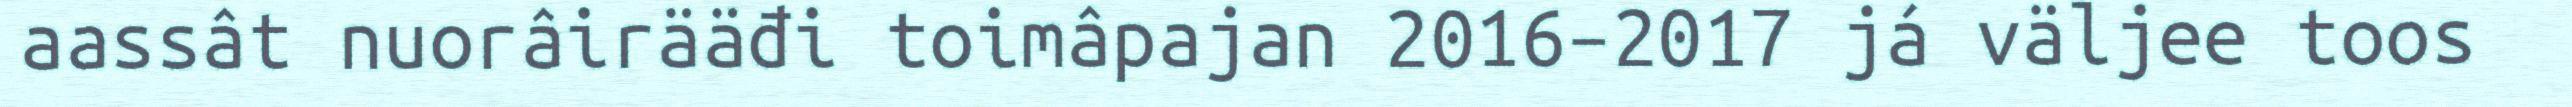
aassât nuorâirääđi toimâpajan 2016–2017 já väljee toos